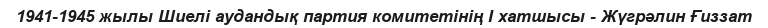
1941-1945 жылы Шиелі аудандық партия комитетінің І хатшысы - Жүгрәлин Ғиззат